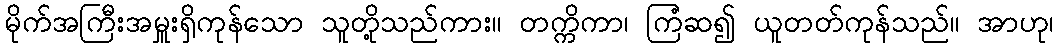
မိုက်အကြီးအမှူးရှိကုန်သော သူတို့သည်ကား။ တက္ကိကာ၊ ကြံဆ၍ ယူတတ်ကုန်သည်။ အာဟု၊